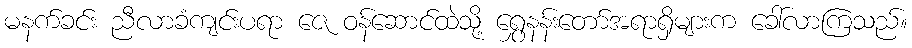
မနက်ခင်း ညီလာခံကျင်းပရာ ဇေ ဝန်ဆောင်ထဲသို့ ရွှေနန်းတော်အရာရှိများက ခေါ်လာကြသည်။